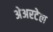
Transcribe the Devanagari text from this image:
अेअरटेल